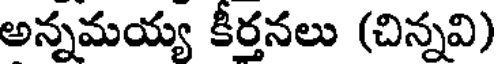
అన్నమయ్య కీర్తనలు (చిన్నవి)